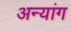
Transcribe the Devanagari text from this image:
अन्यांग